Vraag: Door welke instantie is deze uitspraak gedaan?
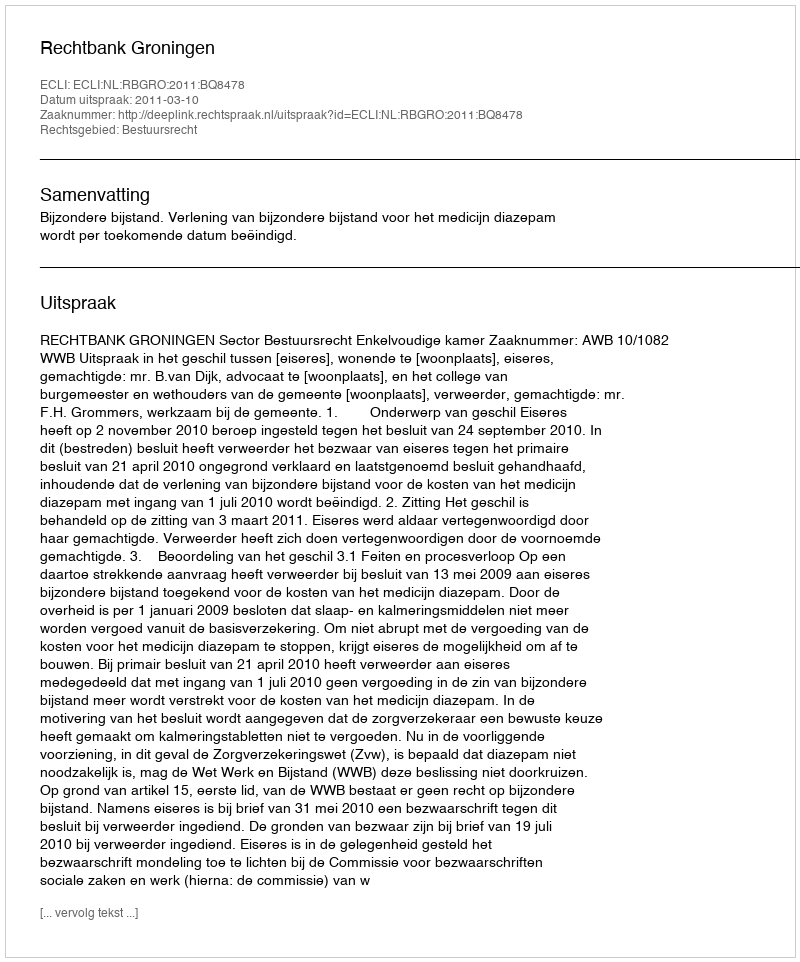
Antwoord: Rechtbank Groningen